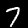
Digit: 7